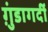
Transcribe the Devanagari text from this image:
ग़ुंडागर्दी